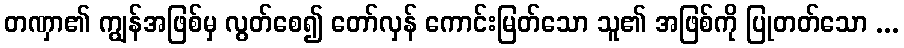
တဏှာ၏ ကျွန်အဖြစ်မှ လွတ်စေ၍ တော်လှန် ကောင်းမြတ်သော သူ၏ အဖြစ်ကို ပြုတတ်သော ...